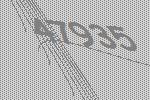
47935